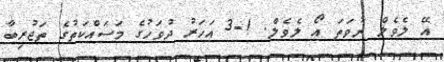
އޭ ލެވެލް ނުވަތަ އޯ ލެވެލް. 1-3 އަހަރު ދުވަހުގެ މަސައްކަތުގެ ތަޖުރިބާ